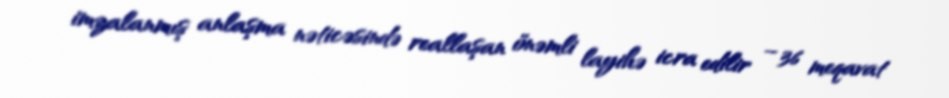
imzalanmış anlaşma nəticəsində reallaşan önəmli layihə icra edilir – 36 meqavat